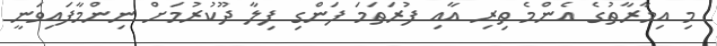
މި އިމާރާތުގެ އެންމެ ތިރި އާއި ފުރަތަމަ ފަންގި ފިލާ ދޫކުރުމަށް ނިންމާފައިވަނީ